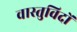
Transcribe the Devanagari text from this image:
वास्‍तुविदों